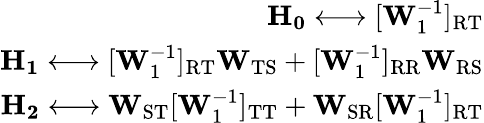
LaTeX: \begin{array}{r}{\mathbf{H_{0}}\longleftrightarrow[\mathbf{W}_{1}^{-1}]_{\mathrm{RT}}}\\ {\mathbf{H_{1}}\longleftrightarrow[\mathbf{W}_{1}^{-1}]_{\mathrm{RT}}\mathbf{W}_{\mathrm{TS}}+[\mathbf{W}_{1}^{-1}]_{\mathrm{RR}}\mathbf{W}_{\mathrm{RS}}}\\ {\mathbf{H_{2}}\longleftrightarrow\mathbf{W}_{\mathrm{ST}}[\mathbf{W}_{1}^{-1}]_{\mathrm{TT}}+\mathbf{W}_{\mathrm{SR}}[\mathbf{W}_{1}^{-1}]_{\mathrm{RT}}}\end{array}